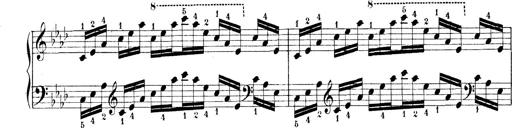
Title: Technische Studien
Composer: Franz Liszt